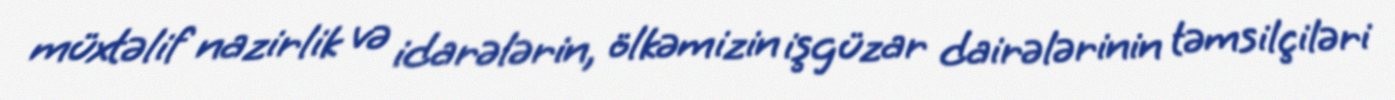
müxtəlif nazirlik və idarələrin, ölkəmizin işgüzar dairələrinin təmsilçiləri